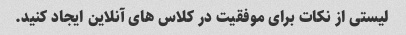
لیستی از نکات برای موفقیت در کلاس های آنلاین ایجاد کنید.